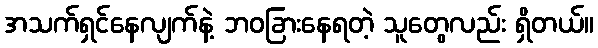
အသက်ရှင်နေလျက်နဲ့ ဘဝခြားနေရတဲ့ သူတွေလည်း ရှိတယ်။